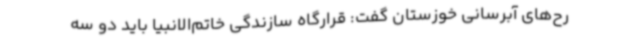
رح‌های آبرسانی خوزستان گفت: قرارگاه سازندگی خاتم‌الانبیا باید دو سه